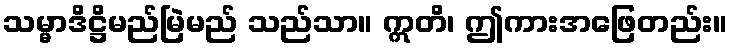
သမ္မာဒိဋ္ဌိမည်မြဲမည် သည်သာ။ ဣတိ၊ ဤကားအဖြေတည်း။